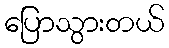
ပြောသွားတယ်